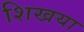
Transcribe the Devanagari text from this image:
शिखया